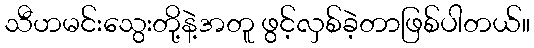
သီဟမင်းသွေးတို့နဲ့အတူ ဖွင့်လှစ်ခဲ့တာဖြစ်ပါတယ်။